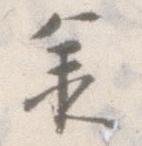
承